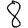
Digit: 8